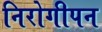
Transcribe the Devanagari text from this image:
निरोगीपन